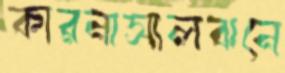
কারনাসালঝনে